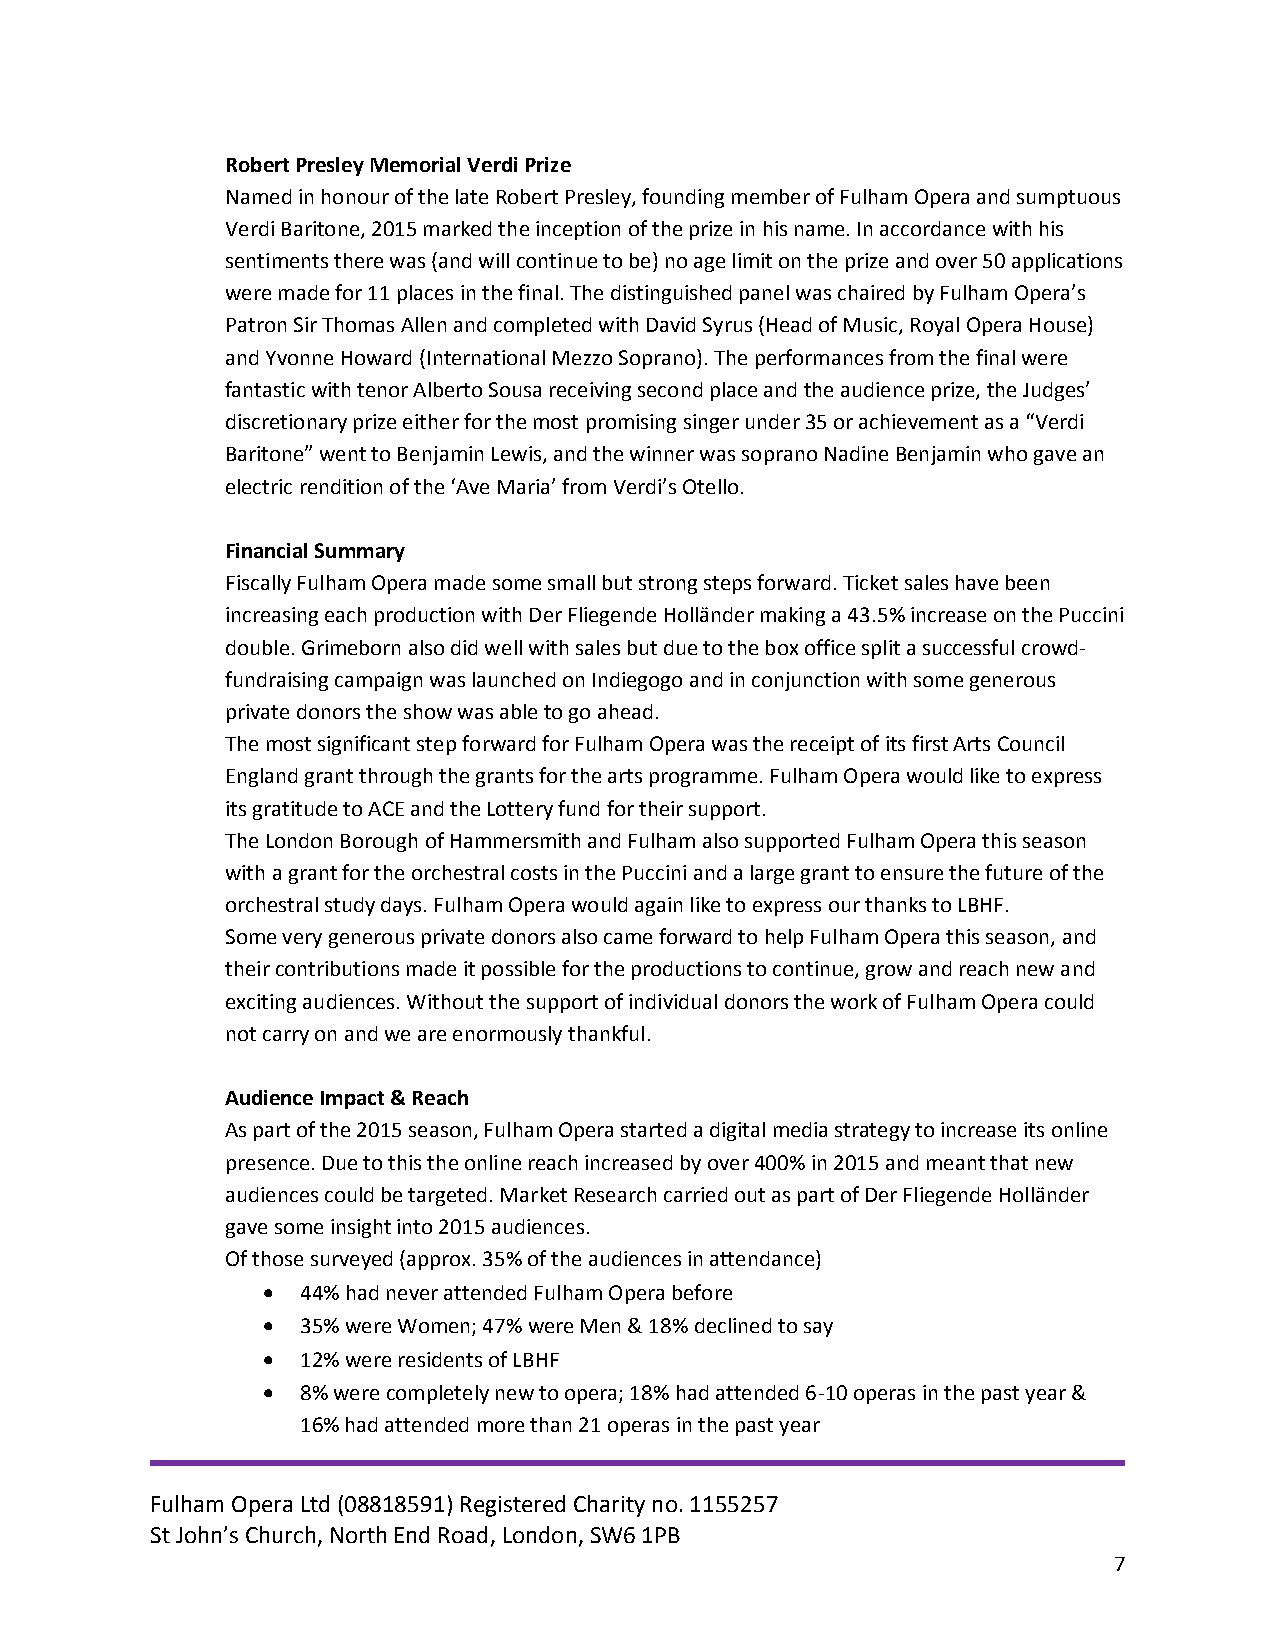
Robert Presley Memorial Verdi Prize
 Named in honour of the late Robert Presley, founding member of Fulham Opera and sumptuous
 Verdi Baritone, 2015 marked the inception of the prize in his name. In accordance with his
 sentiments there was (and will continue to be) no age limit on the prize and over 50 applications
 were made for 11 places in the final. The distinguished panel was chaired by Fulham Opera’s
 Patron Sir Thomas Allen and completed with David Syrus (Head of Music, Royal Opera House)
 and Yvonne Howard (International Mezzo Soprano). The performances from the final were
 fantastic with tenor Alberto Sousa receiving second place and the audience prize, the Judges’
 discretionary prize either for the most promising singer under 35 or achievement as a “Verdi
 Baritone” went to Benjamin Lewis, and the winner was soprano Nadine Benjamin who gave an
 electric rendition of the ‘Ave Maria’ from Verdi’s Otello.
 Financial Summary
 Fiscally Fulham Opera made some small but strong steps forward. Ticket sales have been
 increasing each production with Der Fliegende Holländer making a 43.5% increase on the Puccini
 double. Grimeborn also did well with sales but due to the box office split a successful crowd-
 fundraising campaign was launched on Indiegogo and in conjunction with some generous
 private donors the show was able to go ahead.
 The most significant step forward for Fulham Opera was the receipt of its first Arts Council
 England grant through the grants for the arts programme. Fulham Opera would like to express
 its gratitude to ACE and the Lottery fund for their support.
 The London Borough of Hammersmith and Fulham also supported Fulham Opera this season
 with a grant for the orchestral costs in the Puccini and a large grant to ensure the future of the
 orchestral study days. Fulham Opera would again like to express our thanks to LBHF.
 Some very generous private donors also came forward to help Fulham Opera this season, and
 their contributions made it possible for the productions to continue, grow and reach new and
 exciting audiences. Without the support of individual donors the work of Fulham Opera could
 not carry on and we are enormously thankful.
 Audience Impact & Reach
 As part of the 2015 season, Fulham Opera started a digital media strategy to increase its online
 presence. Due to this the online reach increased by over 400% in 2015 and meant that new
 audiences could be targeted. Market Research carried out as part of Der Fliegende Holländer
 gave some insight into 2015 audiences.
 Of those surveyed (approx. 35% of the audiences in attendance)
   44% had never attended Fulham Opera before
   35% were Women; 47% were Men & 18% declined to say
   12% were residents of LBHF
   8% were completely new to opera; 18% had attended 6-10 operas in the past year &
 16% had attended more than 21 operas in the past year
 Fulham Opera Ltd (08818591) Registered Charity no. 1155257
 St John’s Church, North End Road, London, SW6 1PB
 7